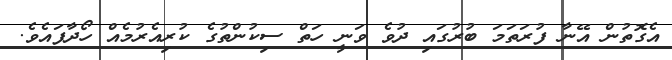
އެގޮތުން އޭނާ ފުރަތަމަ ބުރުގައި ދުވެ ވަނީ ހަތް ސިކުންތުގެ ކުރިއެރުމެއް ހޯދާފައެވެ.